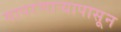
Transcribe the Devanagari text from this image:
वापरणार्‍यापासून